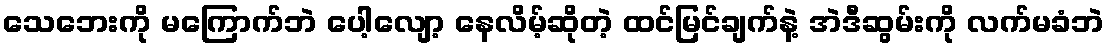
သေဘေးကို မကြောက်ဘဲ ပေါ့လျော့ နေလိမ့်ဆိုတဲ့ ထင်မြင်ချက်နဲ့ အဲဒီဆွမ်းကို လက်မခံဘဲ